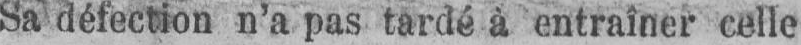
Sa défection n’a pas tardé à entraîner celle